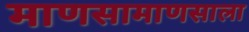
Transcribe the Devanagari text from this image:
माणसामाणसाला